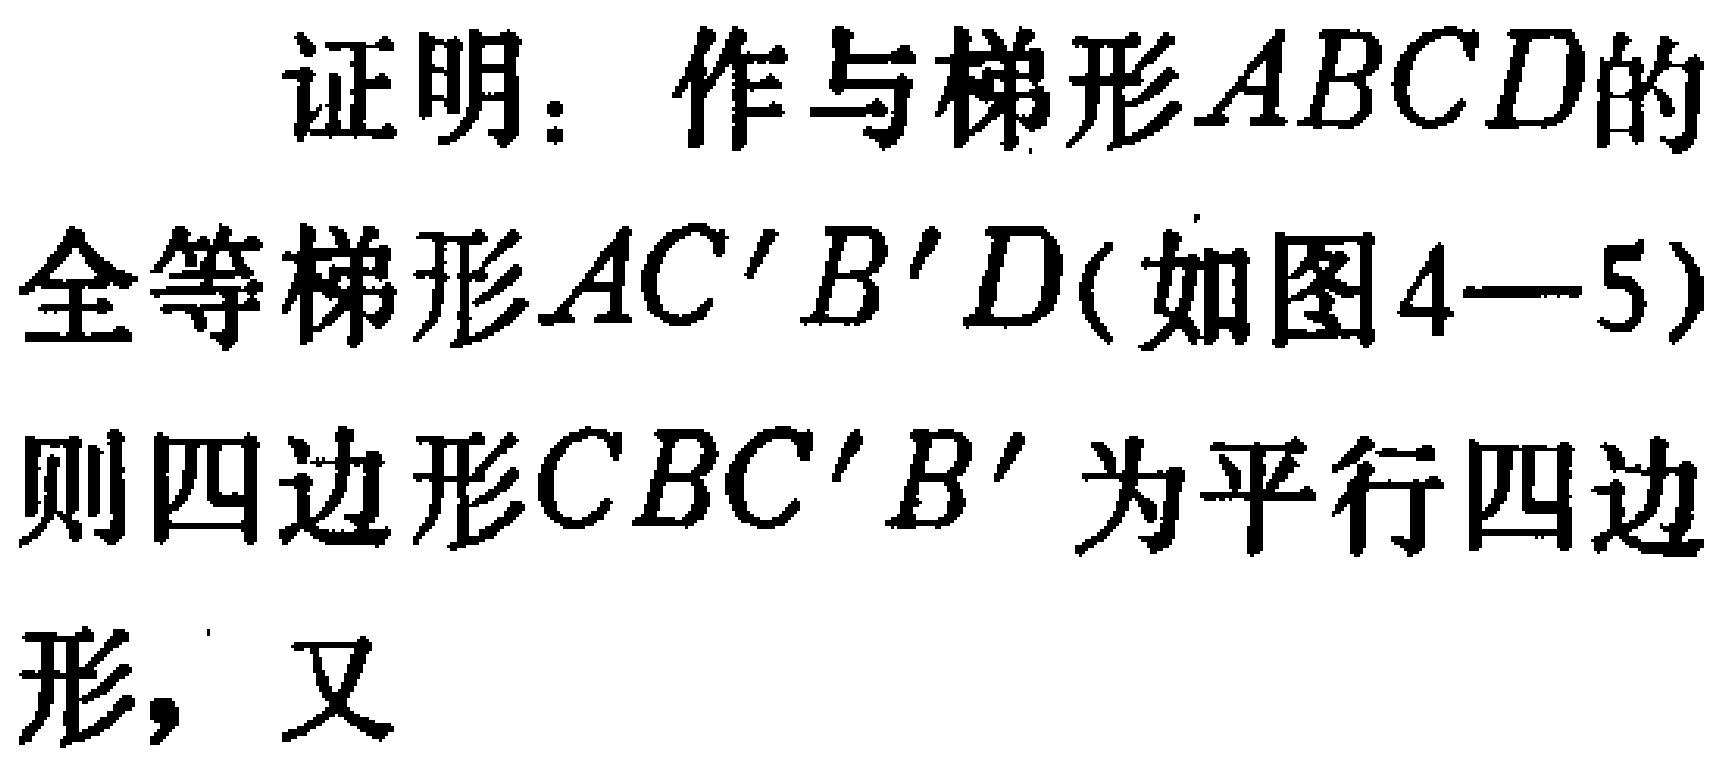
证明：作与梯形\(ABCD\)的

全等梯形\(AC'B'D\)(如图4—5)

则四边形\(CBC'B'\)为平行四边

形，又